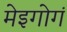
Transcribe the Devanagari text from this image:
मेइगोगं